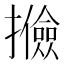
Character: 𢸟